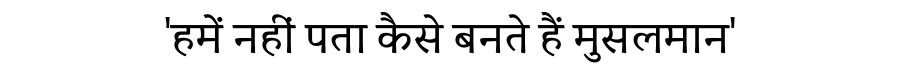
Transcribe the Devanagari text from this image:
'हमें नहीं पता कैसे बनते हैं मुसलमान'